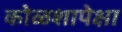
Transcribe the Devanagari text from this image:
कोळशापेक्षा